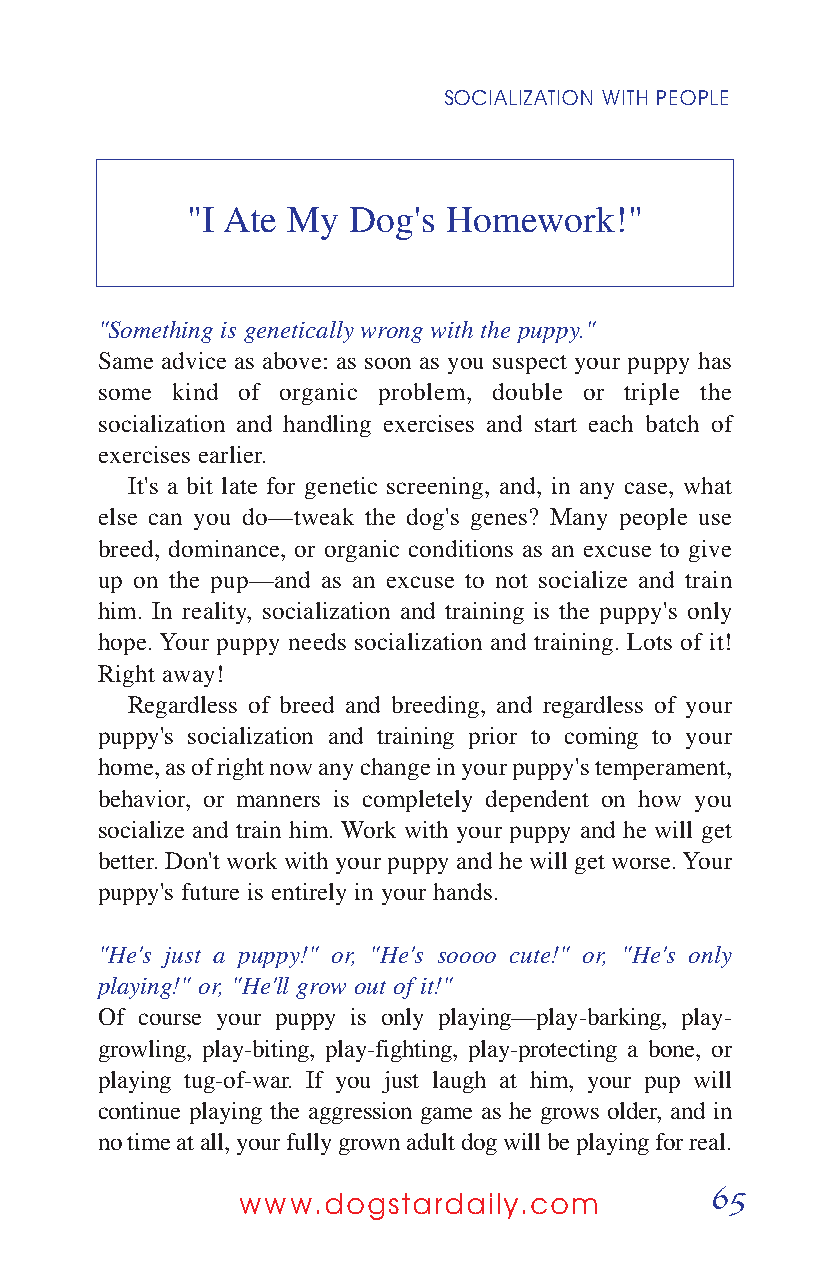
SOCIALIZATION WITH PEOPLE
 "I Ate My  Dog's  Homework!"
 "Something is genetically wrong with the puppy."
 Same advice as above: as soon as you suspect your puppy has
 some kind of organic problem, double or triple the
 socialization and handling exercises and start each batch of
 exercises earlier.
 It's a bit late for genetic screening, and, in any case, what
 else can you do—tweak the dog's genes? Many people use
 breed, dominance, or organic conditions as an excuse to give
 up on the pup—and as an excuse to not socialize and train
 him. In reality, socialization and training is the puppy's only
 hope. Your puppy needs socialization and training. Lots of it!
 Right away!
 Regardless of breed and breeding, and regardless of your
 puppy's socialization and training prior to coming to your
 home, as of right now any change in your puppy's temperament,
 behavior, or manners is completely dependent on how you
 socialize and train him. Work with your puppy and he will get
 better. Don't work with your puppy and he will get worse. Your
 puppy's future is entirely in your hands.
 "He's just a puppy!" or, "He's soooo cute!" or, "He's only
 playing!" or, "He'll grow out of it!"
 Of course your puppy is only playing—play-barking, play-
 growling, play-biting, play-fighting, play-protecting a bone, or
 playing tug-of-war. If you just laugh at him, your pup will
 continue playing the aggression game as he grows older, and in
 no time at all, your fully grown adult dog will be playing for real.
 65
 www.dogstardaily.com